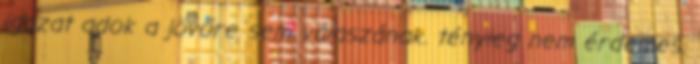
igazat adok a jövőre sem válaszának. tényleg nem érdemes.